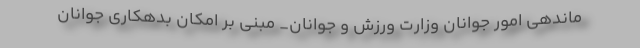
ماندهی امور جوانان وزارت ورزش و جوانان_ مبنی بر امکان بدهکاری جوانان